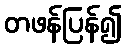
တဖန်ပြန်၍